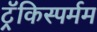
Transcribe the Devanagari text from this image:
ट्रॅकिस्पर्मम